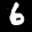
Label: 6